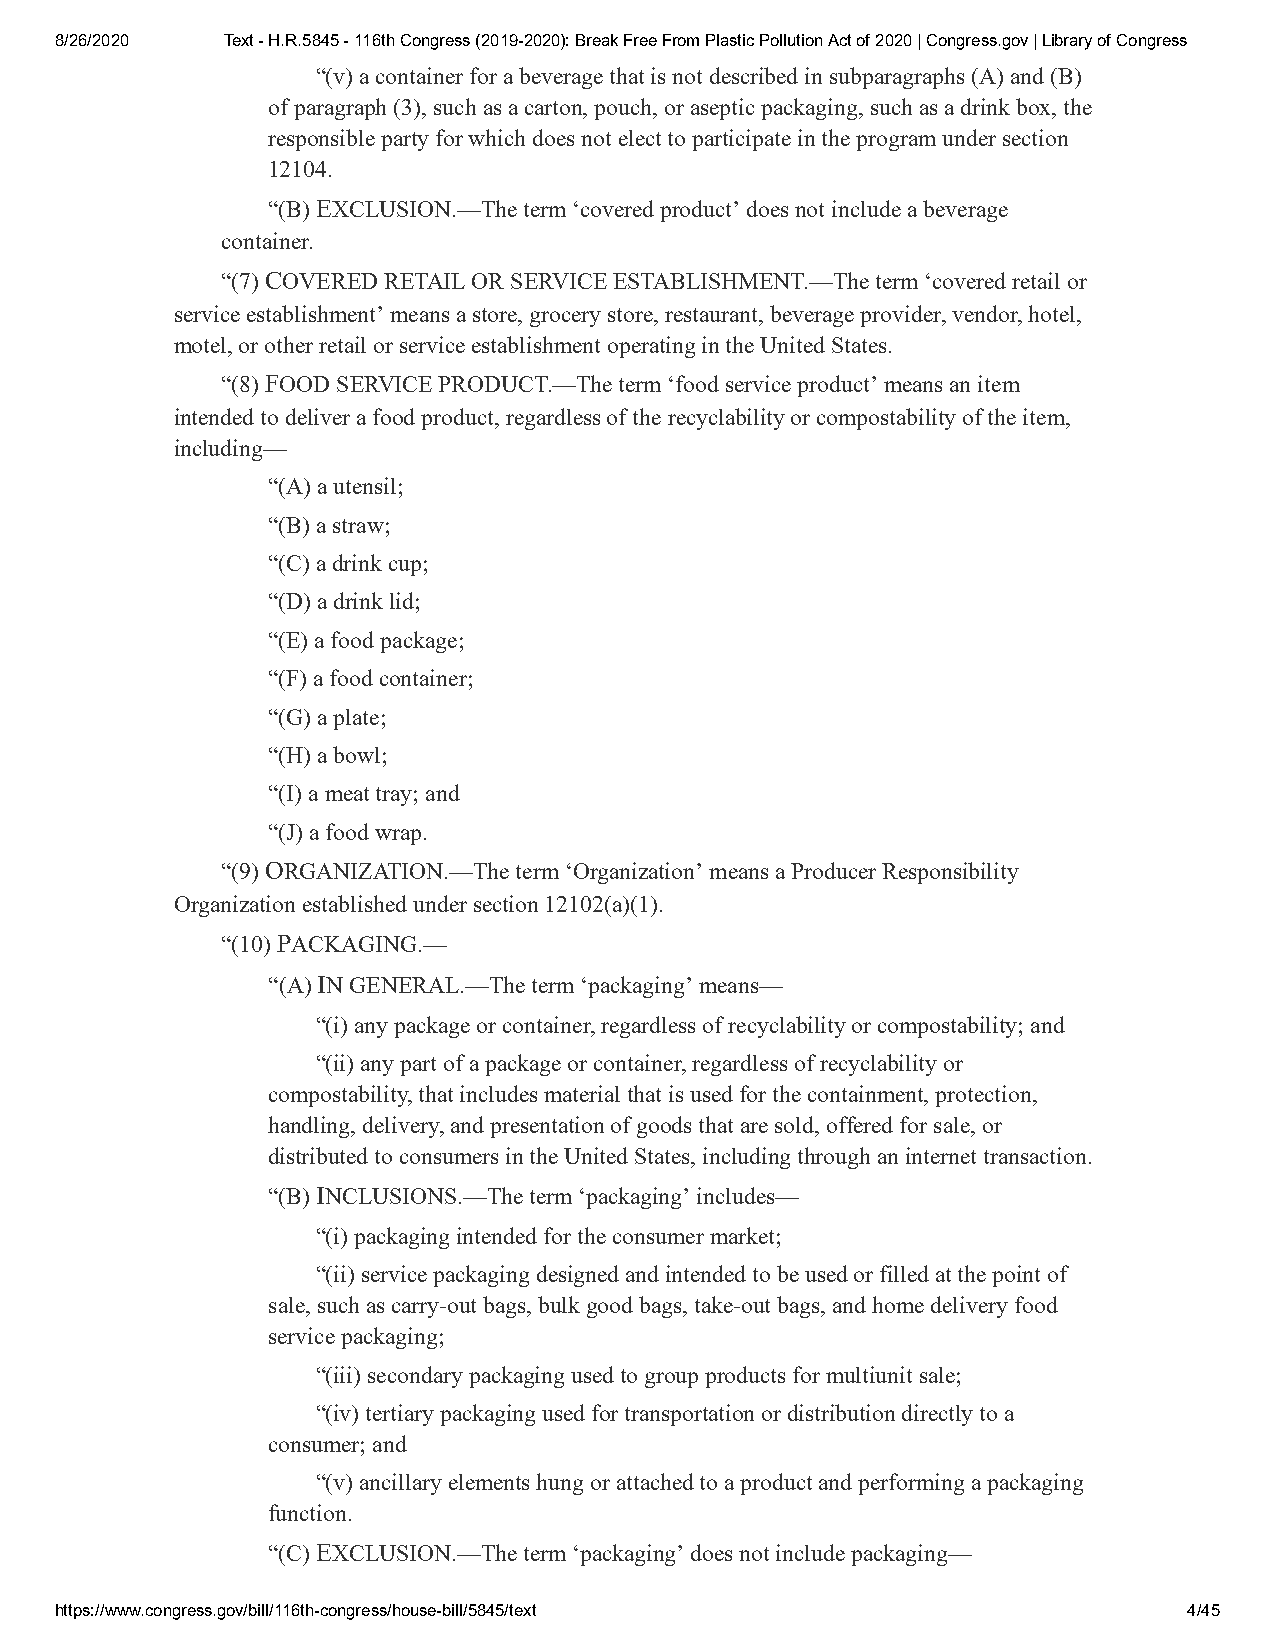
8/26/2020  Text - H.R.5845 - 116th Congress (2019-2020): Break Free From Plastic Pollution Act of 2020 | Congress.gov | Library of Congress
 “(v) a container for a beverage that is not described in subparagraphs (A) and (B)
 of paragraph (3), such as a carton, pouch, or aseptic packaging, such as a drink box, the
 responsible party for which does not elect to participate in the program under section
 12104.
 “(B) EXCLUSION.—The term ‘covered product’ does not include a beverage
 container.
 “(7) COVERED RETAIL OR SERVICE ESTABLISHMENT.—The term ‘covered retail or
 service establishment’ means a store, grocery store, restaurant, beverage provider, vendor, hotel,
 motel, or other retail or service establishment operating in the United States.
 “(8) FOOD SERVICE PRODUCT.—The term ‘food service product’ means an item
 intended to deliver a food product, regardless of the recyclability or compostability of the item,
 including—
 “(A) a utensil;
 “(B) a straw;
 “(C) a drink cup;
 “(D) a drink lid;
 “(E) a food package;
 “(F) a food container;
 “(G) a plate;
 “(H) a bowl;
 “(I) a meat tray; and
 “(J) a food wrap.
 “(9) ORGANIZATION.—The term ‘Organization’ means a Producer Responsibility
 Organization established under section 12102(a)(1).
 “(10) PACKAGING.—
 “(A) IN GENERAL.—The term ‘packaging’ means—
 “(i) any package or container, regardless of recyclability or compostability; and
 “(ii) any part of a package or container, regardless of recyclability or
 compostability, that includes material that is used for the containment, protection,
 handling, delivery, and presentation of goods that are sold, offered for sale, or
 distributed to consumers in the United States, including through an internet transaction.
 “(B) INCLUSIONS.—The term ‘packaging’ includes—
 “(i) packaging intended for the consumer market;
 “(ii) service packaging designed and intended to be used or filled at the point of
 sale, such as carry-out bags, bulk good bags, take-out bags, and home delivery food
 service packaging;
 “(iii) secondary packaging used to group products for multiunit sale;
 “(iv) tertiary packaging used for transportation or distribution directly to a
 consumer; and
 “(v) ancillary elements hung or attached to a product and performing a packaging
 function.
 “(C) EXCLUSION.—The term ‘packaging’ does not include packaging—
 https://www.congress.gov/bill/116th-congress/house-bill/5845/text          4/45